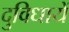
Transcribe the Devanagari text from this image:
दुविधायें